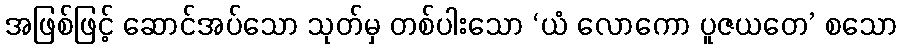
အဖြစ်ဖြင့် ဆောင်အပ်သော သုတ်မှ တစ်ပါးသော ‘ယံ လောကော ပူဇယတေ’ စသော